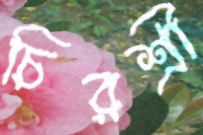
চিরশ্রী